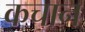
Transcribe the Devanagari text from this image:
कचान